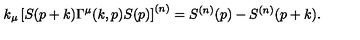
k _ { \mu } \left[ S ( p + k ) \Gamma ^ { \mu } ( k , p ) S ( p ) \right] ^ { ( n ) } = S ^ { ( n ) } ( p ) - S ^ { ( n ) } ( p + k ) .